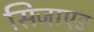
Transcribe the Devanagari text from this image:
सिजाएड